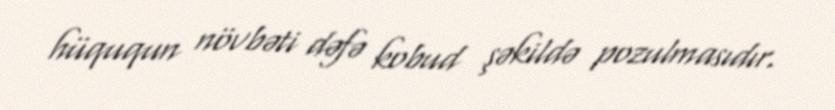
hüququn növbəti dəfə kobud şəkildə pozulmasıdır.